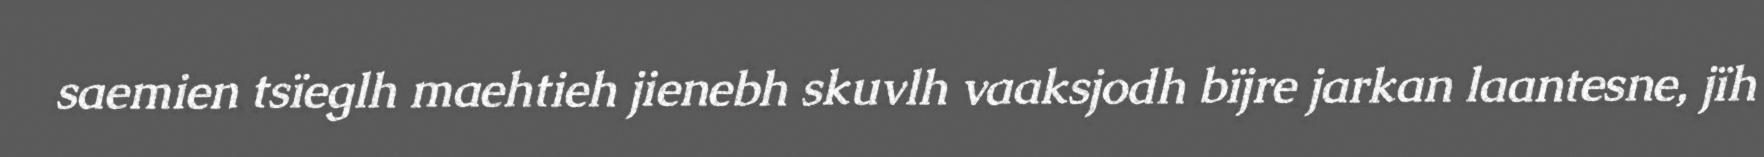
saemien tsïeglh maehtieh jienebh skuvlh vaaksjodh bïjre jarkan laantesne, jïh